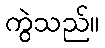
ကွဲသည်။